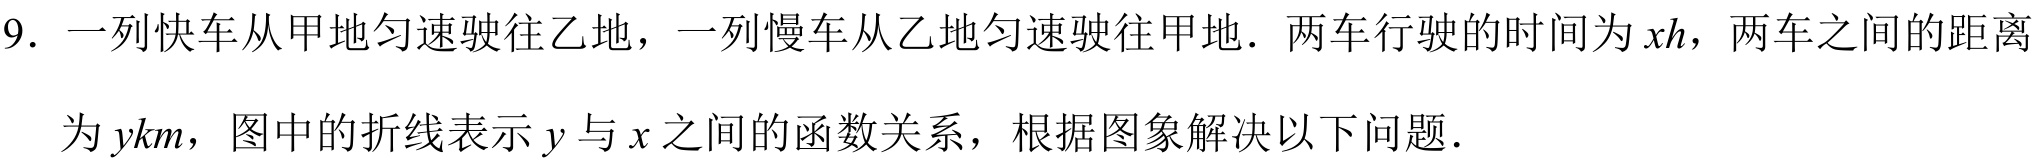
9. 一列快车从甲地匀速驶往乙地，一列慢车从乙地匀速驶往甲地．两车行驶的时间为\(x h\)，两车之间的距离为\(y km\)，图中的折线表示\(y\)与\(x\)之间的函数关系，根据图象解决以下问题．